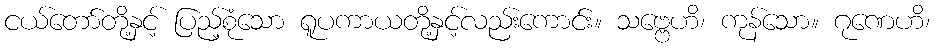
ငယ်တော်တို့နှင့် ပြည့်စုံသော ရူပကာယတို့နှင့်လည်းကောင်း။ သဗ္ဗေဟိ၊ ကုန်သော။ ဂုဏေဟိ၊